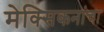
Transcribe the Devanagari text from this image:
मेक्सिकनांचा